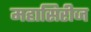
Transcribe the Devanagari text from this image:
महासिरीज